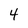
Character: 4